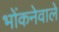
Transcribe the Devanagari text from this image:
भोंकनेवाले